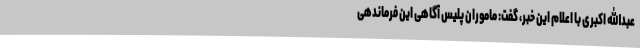
عبدالله اکبری با اعلام این خبر، گفت: ماموران پلیس آگاهی این فرماندهی